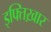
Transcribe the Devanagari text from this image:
इफ्तिख़ार